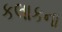
કલાકના